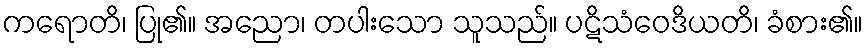
ကရောတိ၊ ပြု၏။ အညော၊ တပါးသော သူသည်။ ပဋိသံဝေဒိယတိ၊ ခံစား၏။